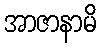
အာဇာနာမိ